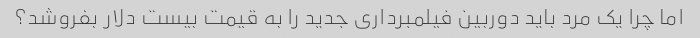
اما چرا یک مرد باید دوربین فیلمبرداری جدید را به قیمت بیست دلار بفروشد؟